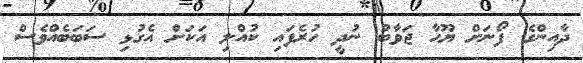
ދާއިންގެ ފޯނަށް ޔޫހާ ޖަވާބު ނުދީ ހުރެފައި ކުއްލި އަކަށް އެގުޅި ސަބަބެއްވެސް